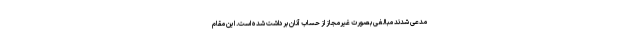
مدعی شدند مبالغی بصورت غیرمجاز از حساب آنان برداشت شده است. این مقام